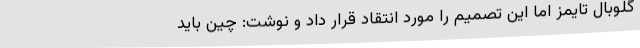
گلوبال تایمز اما این تصمیم را مورد انتقاد قرار داد و نوشت: چین باید